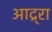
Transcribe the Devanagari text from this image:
आद्र्रा